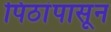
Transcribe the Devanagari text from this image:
पिठांपासून